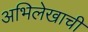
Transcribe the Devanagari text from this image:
अभिलेखाची